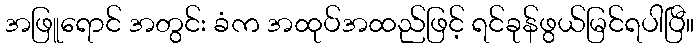
အဖြူရောင် အတွင်း ခံက အထုပ်အထည်ဖြင့် ရင်ခုန်ဖွယ်မြင်ရပါပြီ။